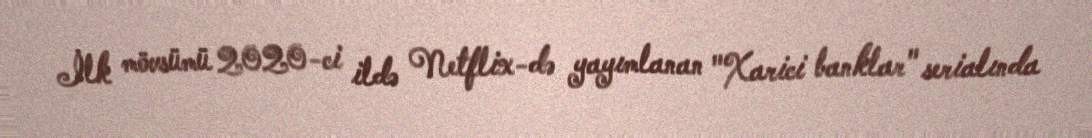
İlk mövsümü 2020-ci ildə Netflix-də yayımlanan "Xarici banklar" serialında